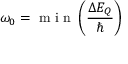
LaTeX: \omega _ { 0 } = { \textrm { m i n } } \left( { \frac { \Delta E _ { Q } } { \hbar } } \right)